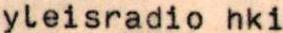
yleisradio hki